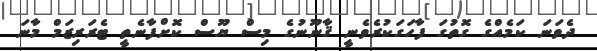
ދެވަނަ ކަމެއްގެ ގޮތުގަ ފާހަގަކުރެވެނީ ޤާނޫނުގެ މިސް ޔޫސް ކޮށްފާނެތީ ޓެރަރިޒަމް މާނަ